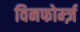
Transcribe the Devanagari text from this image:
विनफोर्म्ज़